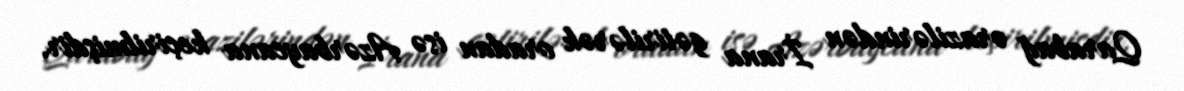
Qarabağ ərazilərindən İrana gətirilərək oradan isə Azərbaycana keçirilmişdir.